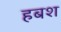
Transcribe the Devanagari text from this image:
हबश